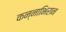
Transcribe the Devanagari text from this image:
कन्नाभिरान